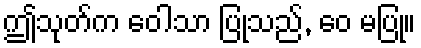
ဤသုတ်က ဝေါသာ ပြုသည်, ဝေ မပြု။